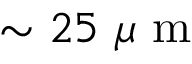
\sim 2 5 ~ \mu \mathrm { ~ m ~ }